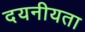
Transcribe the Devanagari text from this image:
दयनीयता